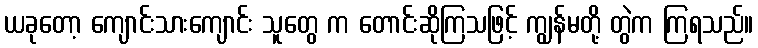
ယခုတော့ ကျောင်းသားကျောင်း သူတွေ က တောင်းဆိုကြသဖြင့် ကျွန်မတို့ တွဲက ကြရသည်။